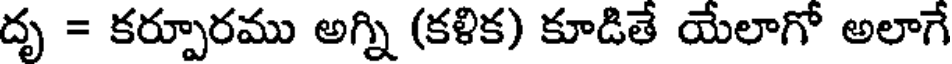
దృ = కర్పూరము అగ్ని (కళిక) కూడితే యేలాగో అలాగే